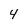
Character: 4